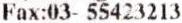
FAX:03- 55423213